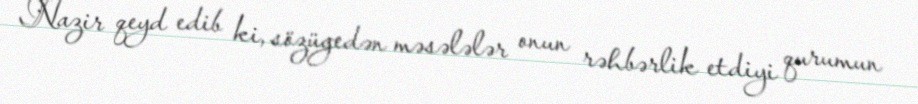
Nazir qeyd edib ki, sözügedən məsələlər onun rəhbərlik etdiyi qurumun